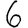
Digit: 6